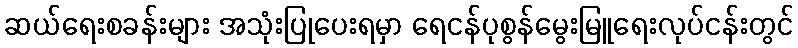
ဆယ်ရေးစခန်းများ အသုံးပြုပေးရမှာ ရေငန်ပုစွန်မွေးမြူရေးလုပ်ငန်းတွင်